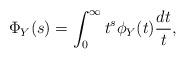
LaTeX: \begin{align*} \Phi_Y(s) = \int_0^\infty t^s \phi_Y(t) \frac{dt}{t},\end{align*}